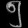
Digit: ၅